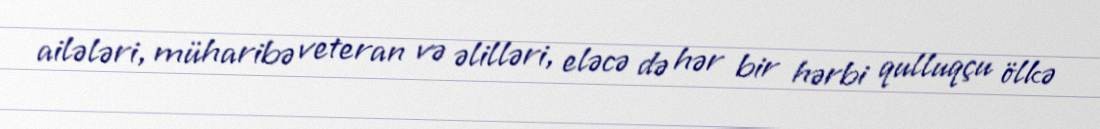
ailələri, müharibə veteran və əlilləri, eləcə də hər bir hərbi qulluqçu ölkə